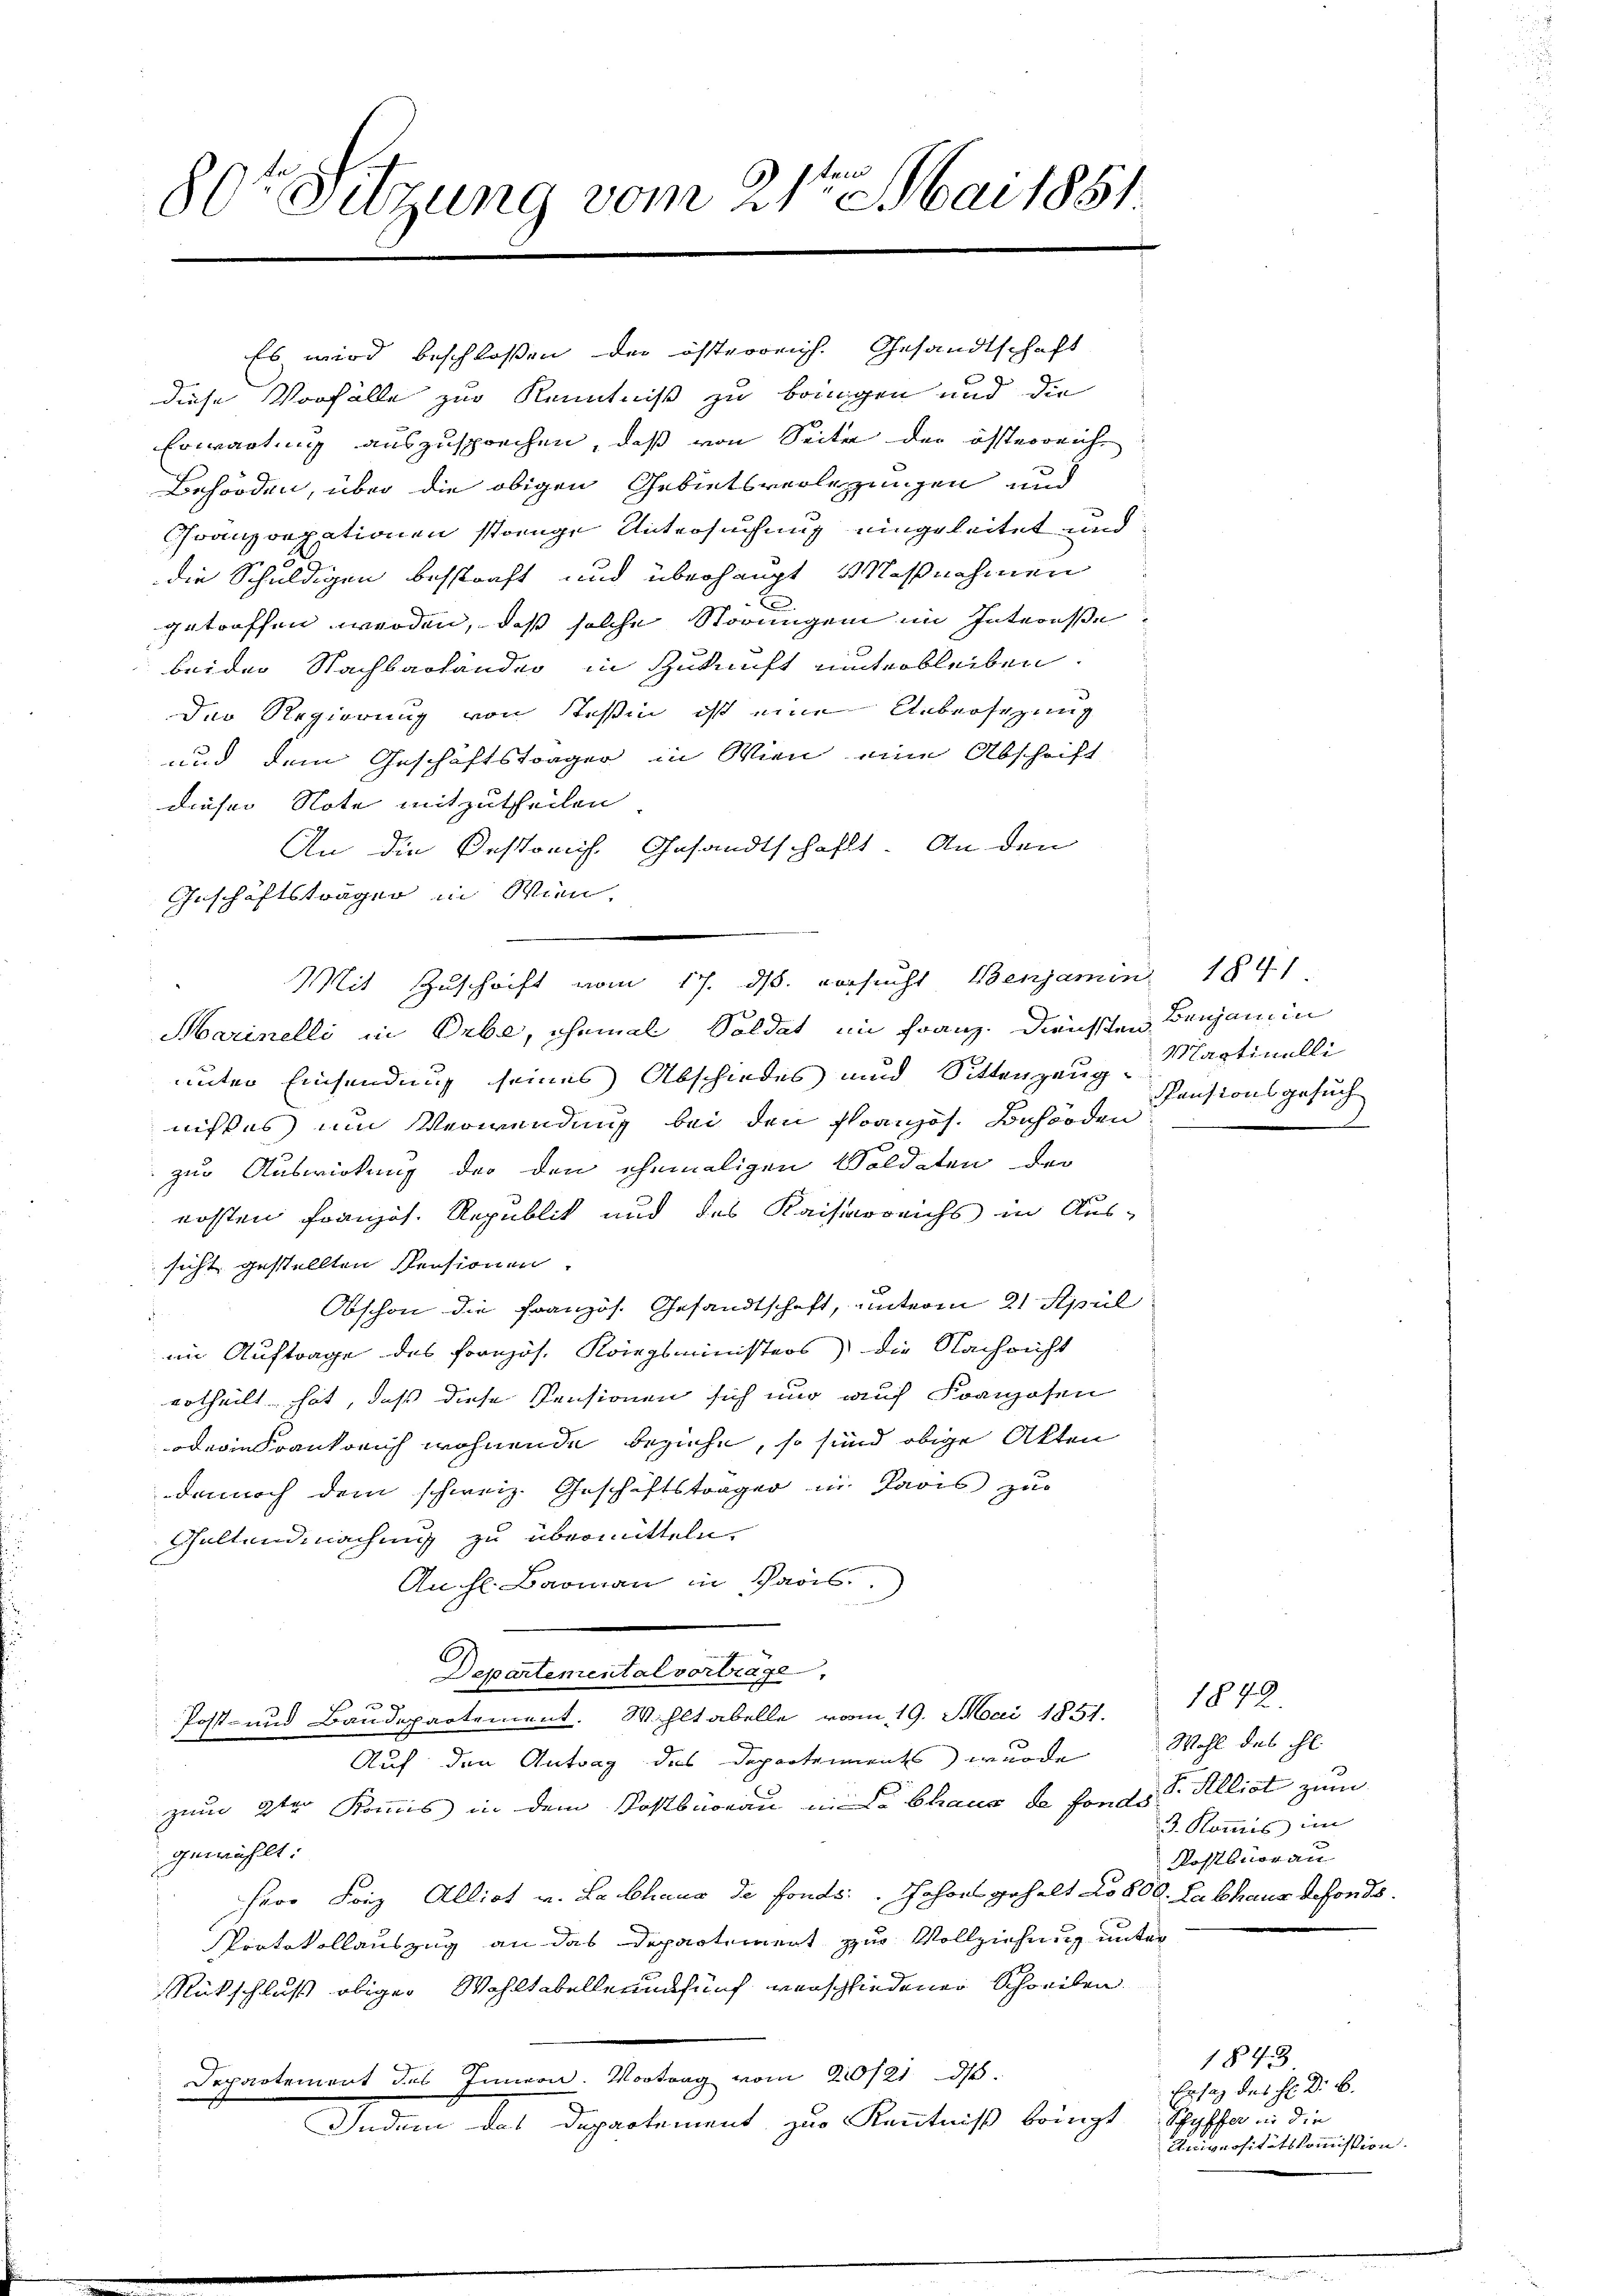
80r Sitzung vom 21ten Mai 1881

diese Vorfälle zur Kenntniß zu bringen und die
Erwartung auszusprechen, daß von Seite der österreich
Behörden, über die obigen Gebietsverlegungen und
Cranzoexationen stange Untersuchung eingeleitet und
die Schuldigen besstraft und überhaupt Maßnahmen
getroffen werden, daß solche Störungen im Interesse
beider Nachbarhänder in Zukunft unterbleiben.
Der Regierung von Teßin ist eine Ueberfügung
und dem Geschäftsträger in Wien eine Abschrift
dieser Note mitzutheilen.
An die Bestreich. Gesandtschaft. An den
Geschäftsträger in Wien.
Mit Zuschrift vom 17. ds. versucht Benjamin 1841.
Marinelli in Erbe, ehemal Soldat in Franz. Diensten Bauhann in
unter Einsendung seines Abschiedes und Sittenzeug Martinelli
nistes um Verwendung bei den französ. Behörden
zur Auswirkung der den ehemaligen Soldaten der
ersten Französ. Republik und des Kaiserreichs in Aus-
sicht gestellten Pensionen.
Obschon die Französ. Gesandtschaft, unterm 21. Apul
im Auftrage des Französ. Kriegsministers) die Nachricht
urtheilt hat, daß diese Pensionen sich nur auf Franzosen
oder in Krankreich wohnende Beziehe, so sind obige Akten
dennoch dem schweiz. Geschäftsträger in Paris zur
Geltendmachung zu übermitteln.
An hl. Barmann in Paris.
Departemental vortrage,
g
Post- und Baudepartement. Wihltabelle vom 19. Mai 1857.
Auf den Antrag des Departements wurde Wohl des hl.
zum 2ten Kommis in dem Postbüreau in Chaus de fonds Allict zum
gewählt:
Herr Friz Alliat v. Labhaus de fonds. Jahres gehalt No 800. Labhaus defonds.
Protokollauszug an das Departement zur Vollziehung unter
Rückschluß obiger Wohltabellerunfünf verschliedener Schreiben.
Departement des Innon. Vortrag vom 210/21. d.
Indem das Departement zur Kenntniß bringt Schaffe in die

Es wird beschlossen der österreich. Gesandtschaft

Pensionsgesuch
.

1842.
3. Kommis im
Rostbuorau

1848
Antag des H. D. B.
Universitätskommission.